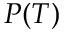
P ( T )